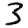
Digit: 3